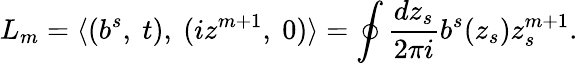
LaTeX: L_{m}=\langle(b^{s},\ t),\ (iz^{m+1},\ 0)\rangle=\oint\frac{dz_{s}}{2\pi i}b^{s}(z_{s})z_{s}^{m+1}.